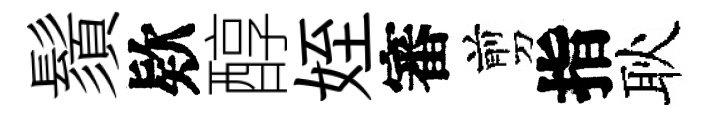
鬚欵醇姪審剪指耿